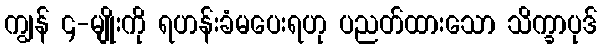
ကျွန် ၄-မျိုးကို ရဟန်းခံမပေးရဟု ပညတ်ထားသော သိက္ခာပုဒ်